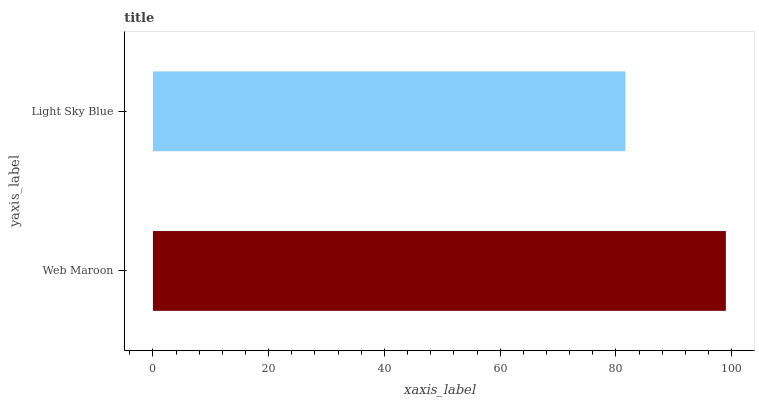
| yaxis_label | bars |
 | --- | --- |
 | Web Maroon | 99 |
 | Light Sky Blue | 81.6 |